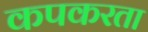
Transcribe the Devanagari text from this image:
कपकरता